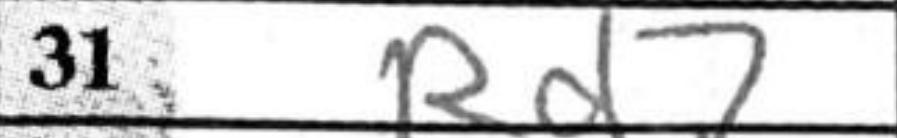
Transcription: Rd7